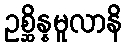
ဥစ္ဆိန္နမူလာနိ